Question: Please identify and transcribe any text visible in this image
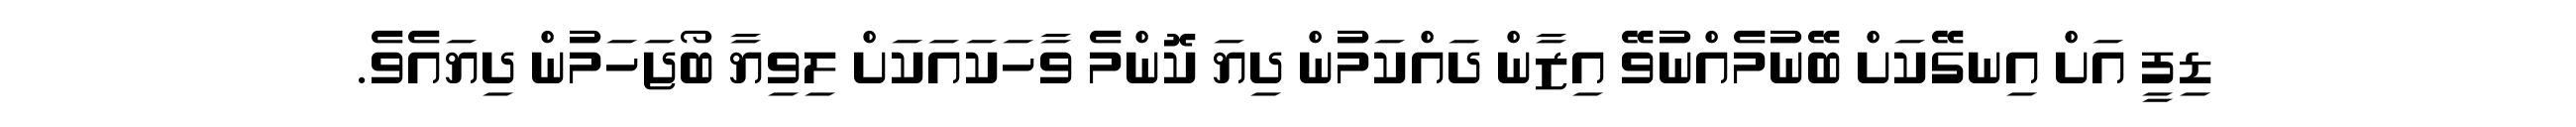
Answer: ޑިފީ އަށް އިނގޭކަށް ބޭނުމެއްނުވޭ އިޒާން ދައްކަމުން ދިޔަ ކޮންމެ ވާހަކައަކަށް ލިވިޔާ ބޯޖަހަމުން ދިޔައެވެ.